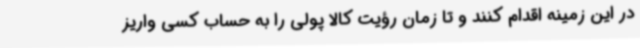
در این زمینه اقدام کنند و تا زمان رؤیت کالا پولی را به حساب کسی واریز